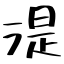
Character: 湜